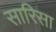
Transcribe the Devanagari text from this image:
सारिसा